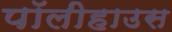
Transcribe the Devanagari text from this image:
पॉलीहाउस